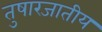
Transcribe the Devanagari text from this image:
तुषारजातीय